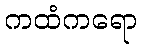
ကထံကရော